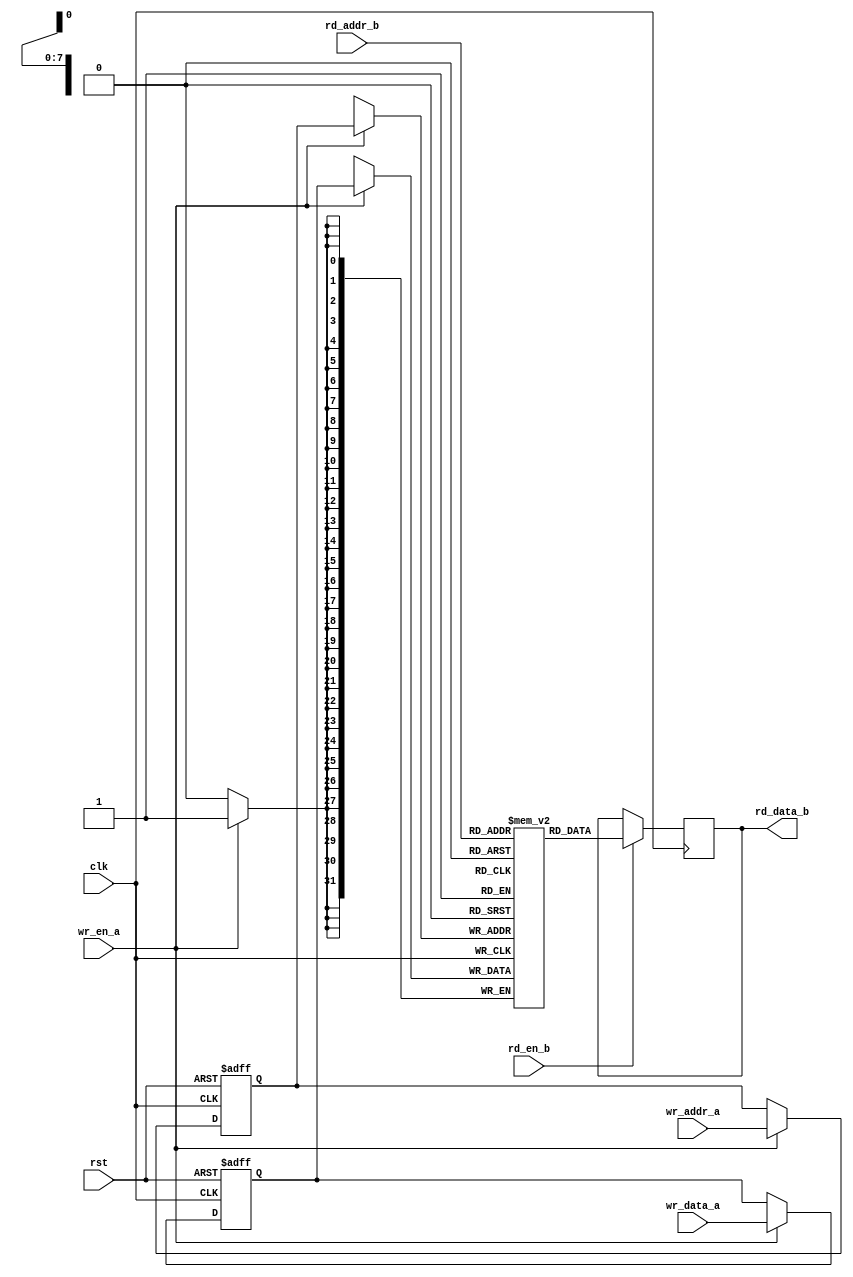
module pipelined_ram #(
    parameter DATA_WIDTH = 32,    // Data width (8, 16, 32, 64 bits)
    parameter ADDR_WIDTH = 8       // Address width (for depth up to 256 locations)
)(
    input wire clk,                // Clock signal
    input wire rst,                // Reset signal
    // Port A - Write Interface
    input wire [DATA_WIDTH-1:0] wr_data_a, // Write data for Port A
    input wire [ADDR_WIDTH-1:0] wr_addr_a, // Write address for Port A
    input wire wr_en_a,            // Write enable for Port A
    // Port B - Read Interface
    input wire [ADDR_WIDTH-1:0] rd_addr_b, // Read address for Port B
    output reg [DATA_WIDTH-1:0] rd_data_b, // Read data for Port B
    input wire rd_en_b             // Read enable for Port B
);

    // Memory array
    reg [DATA_WIDTH-1:0] ram [(2**ADDR_WIDTH)-1:0];

    // Pipeline registers for write operations
    reg [DATA_WIDTH-1:0] wr_data_a_pipe;
    reg [ADDR_WIDTH-1:0] wr_addr_a_pipe;

    always @(posedge clk or posedge rst) begin
        if (rst) begin
            wr_data_a_pipe <= 0;
            wr_addr_a_pipe <= 0;
        end else if (wr_en_a) begin
            // Capture incoming write data and address in the pipeline
            wr_data_a_pipe <= wr_data_a;
            wr_addr_a_pipe <= wr_addr_a;
        end
    end

    // Write operation (pipelined)
    always @(posedge clk) begin
        if (wr_en_a) begin
            ram[wr_addr_a_pipe] <= wr_data_a_pipe;
        end
    end

    // Read operation (pipelined)
    always @(posedge clk) begin
        if (rd_en_b) begin
            rd_data_b <= ram[rd_addr_b];
        end
    end

endmodule